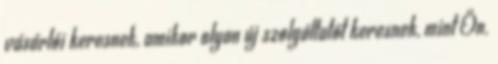
vásárlói keresnek, amikor olyan új szolgáltatót keresnek, mint Ön.